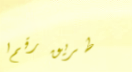
طريق رقم ١